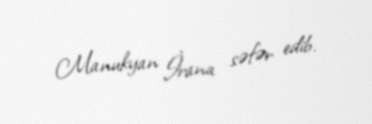
Manukyan İrana səfər edib.